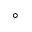
^ \circ